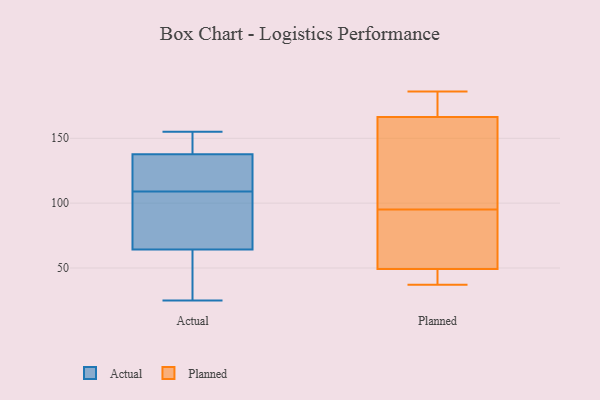
{"axis": {"x": "Conversion Rate (%)", "y": "Value"}, "legend": ["Actual", "Planned"], "data": [{"x": "", "y": 26, "type": "Actual"}, {"x": "", "y": 109, "type": "Actual"}, {"x": "", "y": 142, "type": "Actual"}, {"x": "", "y": 71, "type": "Actual"}, {"x": "", "y": 76, "type": "Actual"}, {"x": "", "y": 53, "type": "Actual"}, {"x": "", "y": 122, "type": "Actual"}, {"x": "", "y": 149, "type": "Actual"}, {"x": "", "y": 125, "type": "Actual"}, {"x": "", "y": 62, "type": "Actual"}, {"x": "", "y": 25, "type": "Actual"}, {"x": "", "y": 155, "type": "Actual"}, {"x": "", "y": 152, "type": "Actual"}, {"x": "", "y": 111, "type": "Actual"}, {"x": "", "y": 84, "type": "Actual"}, {"x": "", "y": 47, "type": "Planned"}, {"x": "", "y": 95, "type": "Planned"}, {"x": "", "y": 180, "type": "Planned"}, {"x": "", "y": 184, "type": "Planned"}, {"x": "", "y": 37, "type": "Planned"}, {"x": "", "y": 126, "type": "Planned"}, {"x": "", "y": 186, "type": "Planned"}, {"x": "", "y": 41, "type": "Planned"}, {"x": "", "y": 65, "type": "Planned"}, {"x": "", "y": 111, "type": "Planned"}, {"x": "", "y": 56, "type": "Planned"}]}